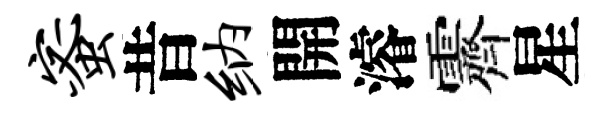
蜜昔纳開濬霽星